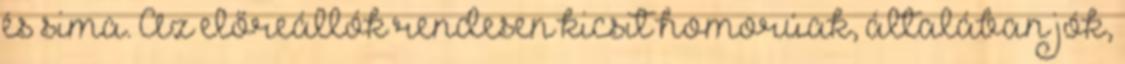
és sima. Az előreállók rendesen kicsit homorúak, általában jók,